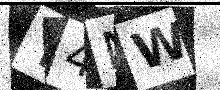
Text: Y4NW